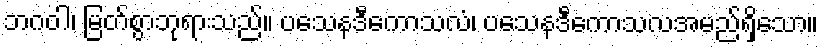
ဘဂဝါ၊ မြတ်စွာဘုရားသည်။ ပသေနဒီကောသလံ၊ ပသေနဒီကောသလအမည်ရှိသော။